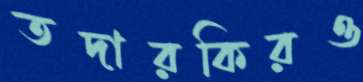
তদারকিরও